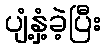
ပျံ့နှံ့ခဲ့ပြီး